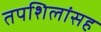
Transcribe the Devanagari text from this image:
तपशिलांसह